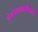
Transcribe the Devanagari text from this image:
श्रेयनामावलीवरून